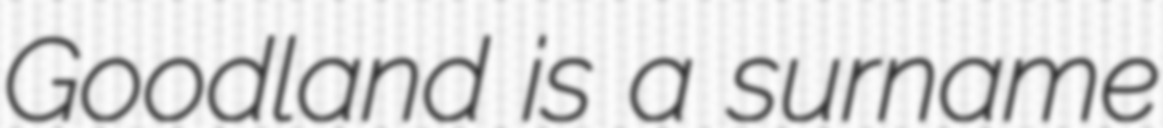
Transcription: Goodland is a surname